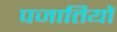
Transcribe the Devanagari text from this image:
पजातियों